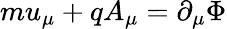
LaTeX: mu_{\mu}+qA_{\mu}=\partial_{\mu}\Phi